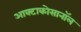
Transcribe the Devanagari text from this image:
आक्टाकोसानॉल